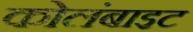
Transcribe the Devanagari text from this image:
कोलंबाइट